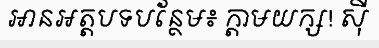
អានអត្តបទបន្ថែម៖ ក្តាមយក្ស! ស៊ី